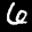
Label: 6